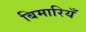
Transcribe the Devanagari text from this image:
बिमारियँ